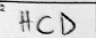
Transcription: HCD